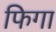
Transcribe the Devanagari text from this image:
फिगा